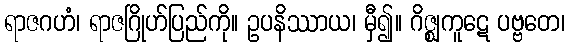
ရာဇဂဟံ၊ ရာဇဂြိုဟ်ပြည်ကို။ ဥပနိဿာယ၊ မှီ၍။ ဂိဇ္ဈကူဋေ ပဗ္ဗတေ၊